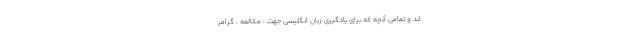
اند و تمامی آنچه که برای یادگیری زبان انگلیسی جهت : مکالمه ، گرامر